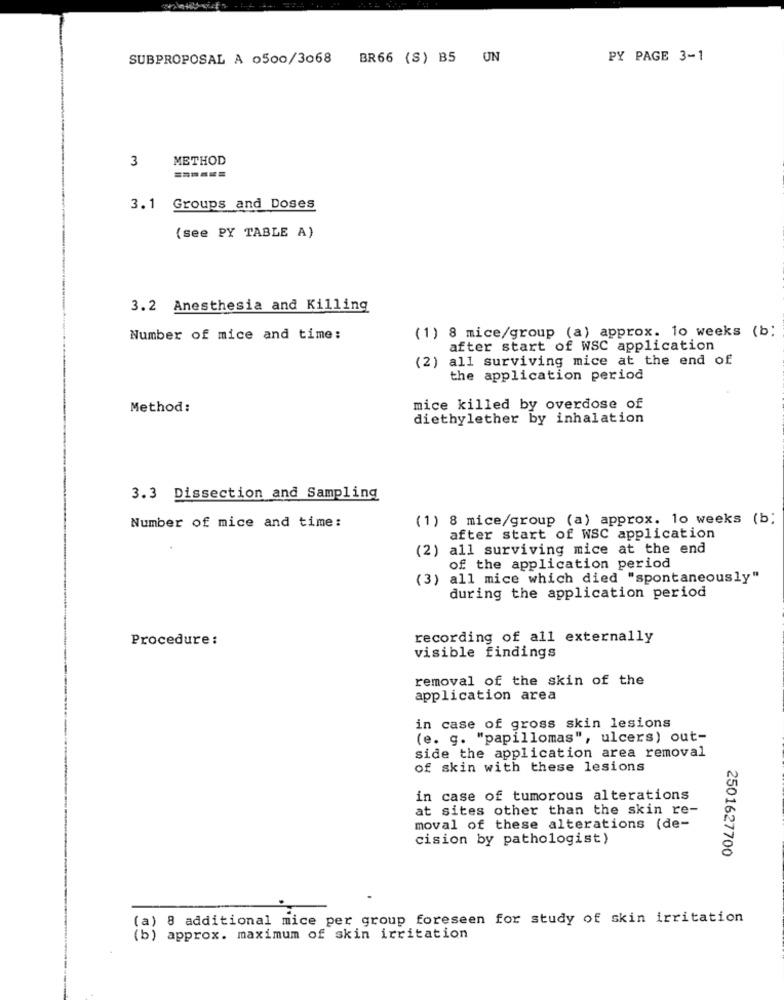
SUBPROPOSAL A 0500/3068
BR66 (S) B5 UN
PY PAGE 3-1
3
METHOD
3.1 Groups and Doses
(see PY TABLE A)
3.2 Anesthesia and Killing
(1) 8 mice/group (a) approx. 10 weeks (b;
Number of mice and time:
after start of WSC application
(2) all surviving mice at the end of
the application period
Method:
mice killed by overdose of
diethylether by inhalation
3.3 Dissection and Sampling
(1) 8 mice/group (a) approx. 10 weeks (b;
Number of mice and time:
after start of WSC application
(2) all surviving mice at the end
of the application period
(3) all mice which died "spontaneously"
during the application period
Procedure:
recording of all externally
visible findings
removal of the skin of the
application area
in case of gross skin lesions
(e. g. "papillomas", ulcers) out-
side the application area removal
of skin with these lesions
in case of tumorous alterations
at sites other than the skin re-
moval of these alterations (de-
cision by pathologist)
2501627700
(a) 8 additional mice per group foreseen for study of skin irritation
(b) approx. maximum of skin irritation